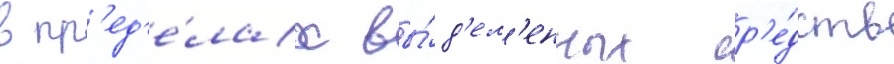
в пр'ед'е́лах вы́д'ел'енных ср'е́дств